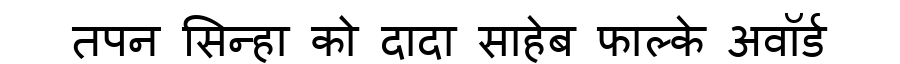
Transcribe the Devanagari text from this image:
तपन सिन्हा को दादा साहेब फाल्के अवॉर्ड